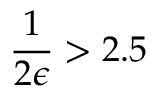
\frac { 1 } { 2 \epsilon } > 2 . 5